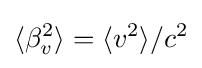
\langle \beta _{v}^{2}\rangle =\langle v^{2}\rangle /c^{2}